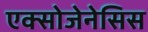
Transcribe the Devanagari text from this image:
एक्सोजेनेसिस